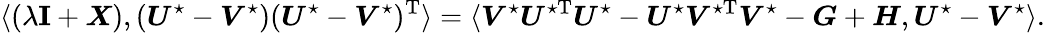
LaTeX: \langle(\lambda{\mathbf I}+\boldsymbol{X}),(\boldsymbol{U}^{\star}-\boldsymbol{V}^{\star})(\boldsymbol{U}^{\star}-\boldsymbol{V}^{\star})^{\mathrm{T}}\rangle=\langle\boldsymbol{V}^{\star}\boldsymbol{U}^{\star\mathrm{T}}\boldsymbol{U}^{\star}-\boldsymbol{U}^{\star}\boldsymbol{V}^{\star\mathrm{T}}\boldsymbol{V}^{\star}-\boldsymbol{G}+\boldsymbol{H},\boldsymbol{U}^{\star}-\boldsymbol{V}^{\star}\rangle.